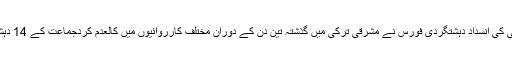
16 نومبر2016ء) ترکی کی انسداد دہشتگردی فورس نے مشرقی ترکی میں گذشتہ تین دن کے دوران مختلف کارروائیوں میں کالعدم کردجماعت کے 14 دہشگردوں کو ہلاک کر دیا۔